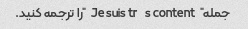
جمله "Je suis très content" را ترجمه کنید.